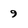
Character: 9